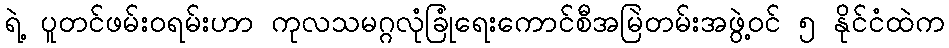
ရဲ့ ပူတင်ဖမ်း၀ရမ်းဟာ ကုလသမဂ္ဂလုံခြုံရေးကောင်စီအမြဲတမ်းအဖွဲ့ဝင် ၅ နိုင်ငံထဲက